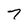
Character: 7